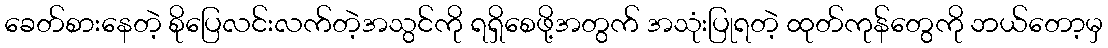
ခေတ်စားနေတဲ့ စိုပြေလင်းလက်တဲ့အသွင်ကို ရရှိစေဖို့အတွက် အသုံးပြုရတဲ့ ထုတ်ကုန်တွေကို ဘယ်တော့မှ